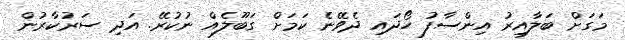
މަގަށް ބަލާއިރު އިންސާފު ހޯދައި ދެވޭނެ ކަމަށް ގަބޫލެއް ނުކުރޭ. އަދި ސަރުކާރުން